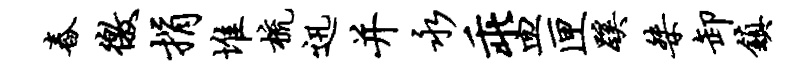
舂徼捐堆梳迅并永乖皿匣蹊桀卸镇